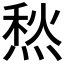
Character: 𤋦